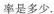
率是多少。